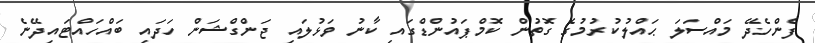
ފެންހެދޭ މައްސަލަ ޙައްލުކުރުމުގެ ގޮތުން ކޮމްޕައުންޑްގައި ކާނު ވަޅުލައި ޖަންގްޝަން ހަދައި ބައްހައްޓައިދޭނެ